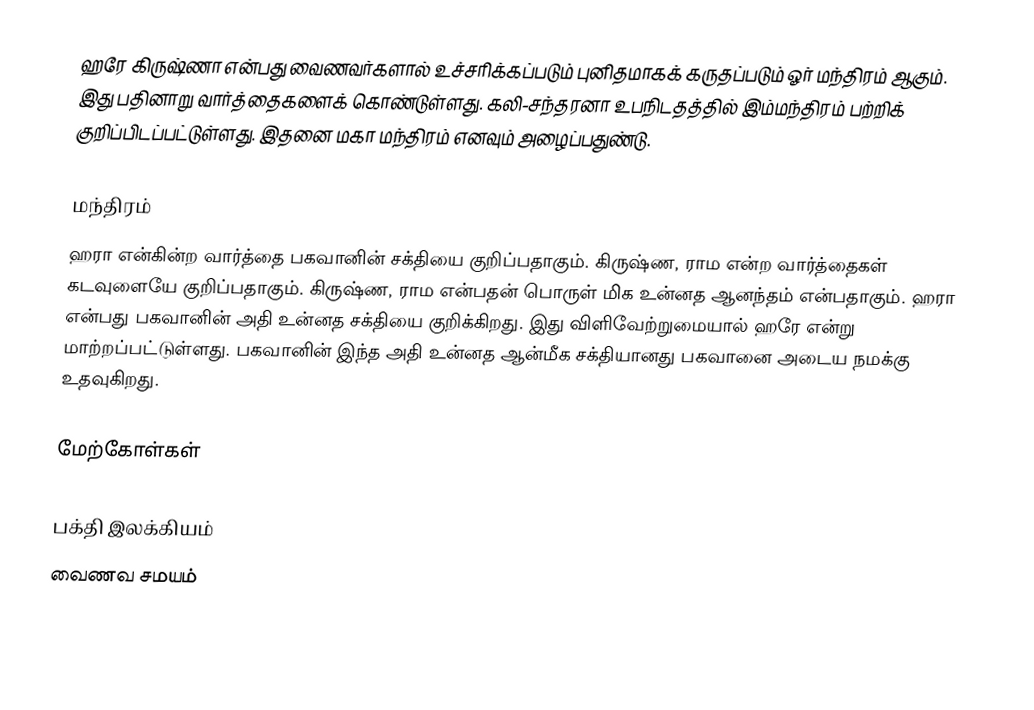
ஹரே கிருஷ்ணா என்பது வைணவர்களால் உச்சரிக்கப்படும் புனிதமாகக் கருதப்படும் ஓர் மந்திரம் ஆகும். இது பதினாறு வார்த்தைகளைக் கொண்டுள்ளது. கலி-சந்தரனா உபநிடதத்தில் இம்மந்திரம் பற்றிக் குறிப்பிடப்பட்டுள்ளது. இதனை மகா மந்திரம் எனவும் அழைப்பதுண்டு.

மந்திரம்
ஹரா என்கின்ற வார்த்தை பகவானின் சக்தியை குறிப்பதாகும். கிருஷ்ண, ராம என்ற வார்த்தைகள் கடவுளையே குறிப்பதாகும். கிருஷ்ண, ராம என்பதன் பொருள் மிக உன்னத ஆனந்தம் என்பதாகும். ஹரா என்பது பகவானின் அதி உன்னத சக்தியை குறிக்கிறது. இது விளிவேற்றுமையால் ஹரே என்று மாற்றப்பட்டுள்ளது. பகவானின் இந்த அதி உன்னத ஆன்மீக சக்தியானது பகவானை அடைய நமக்கு உதவுகிறது.

மேற்கோள்கள்

பக்தி இலக்கியம்
வைணவ சமயம்